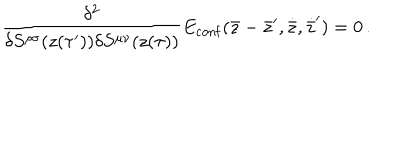
{ \frac { \delta ^ { 2 } } { \delta S ^ { \rho \sigma } ( z ( \tau ^ { \prime } ) ) \delta S ^ { \mu \nu } ( z ( \tau ) ) } } E _ { \mathrm { c o n f } } ( \bar { z } - \bar { z } ^ { \prime } , \dot { \bar { z } } , \dot { \bar { z } } ^ { \prime } ) = 0 \, .